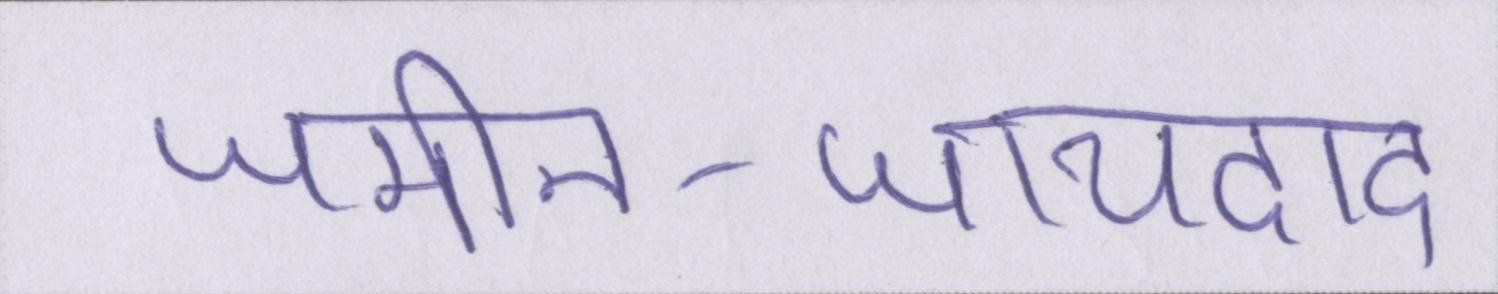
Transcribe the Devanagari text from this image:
जमीन-जायदाद